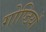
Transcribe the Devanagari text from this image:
गोष्‍ठियों